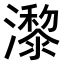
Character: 𤂱